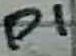
Text: P1